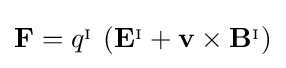
\mathbf {F} =q^{_{\mathrm {I} }}\,\left(\mathbf {E} ^{_{\mathrm {I} }}+\mathbf {v} \times \mathbf {B} ^{_{\mathrm {I} }}\right)